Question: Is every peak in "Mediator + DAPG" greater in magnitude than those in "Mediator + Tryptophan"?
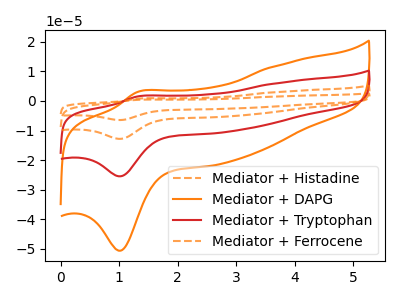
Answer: <think>The orange dashed curve "Mediator + Histadine" has an anodic peak at (1.30V, 4.70uA) and a cathodic peak at (1.00V, -76.40uA). The orange curve "Mediator + DAPG" has an anodic peak at (1.30V, 3.10uA) and a cathodic peak at (1.00V, -50.65uA). The red curve "Mediator + Tryptophan" has an anodic peak at (1.30V, 1.55uA) and a cathodic peak at (1.00V, -25.45uA). The orange dashed curve "Mediator + Ferrocene" has an anodic peak at (1.30V, 3.15uA) and a cathodic peak at (1.00V, -50.95uA).</think>
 <answer>Every peak in "Mediator + DAPG" is higher than every peak in "Mediator + Tryptophan".</answer>
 <eval>higher</eval>